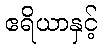
ဧရိယာနှင့်